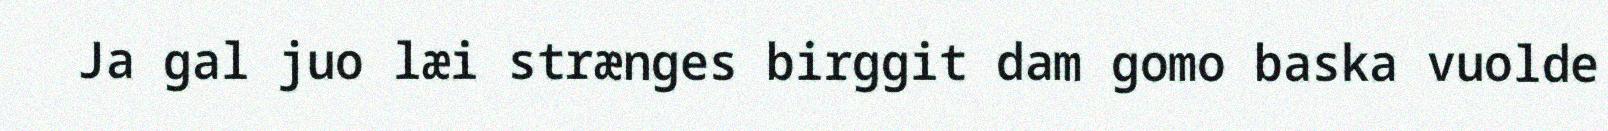
Ja gal juo læi strænges birggit dam gomo baska vuolde